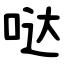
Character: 哒